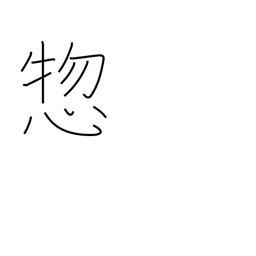
Meaning: all